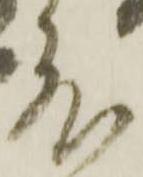
度